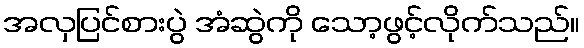
အလှပြင်စားပွဲ အံဆွဲကို သော့ဖွင့်လိုက်သည်။